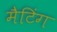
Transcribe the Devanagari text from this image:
मैटिंग